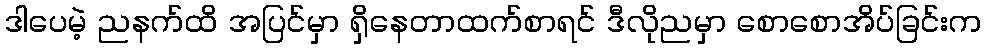
ဒါပေမဲ့ ညနက်ထိ အပြင်မှာ ရှိနေတာထက်စာရင် ဒီလိုညမှာ စောစောအိပ်ခြင်းက